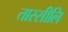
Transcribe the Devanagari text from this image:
तास्सीलि